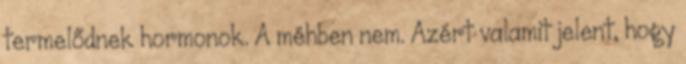
termelődnek hormonok. A méhben nem. Azért valamit jelent, hogy